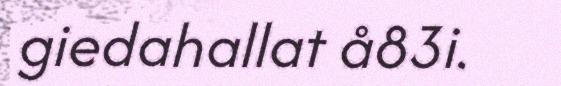
giedahallat å83i.